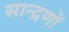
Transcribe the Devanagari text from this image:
सान्द्रणों